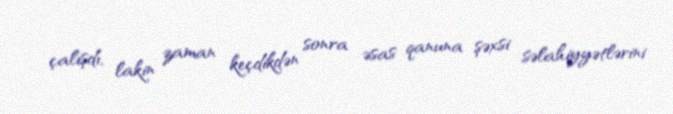
çalışdı, lakin zaman keçdikdən sonra əsas qanuna şəxsi səlahiyyətlərini